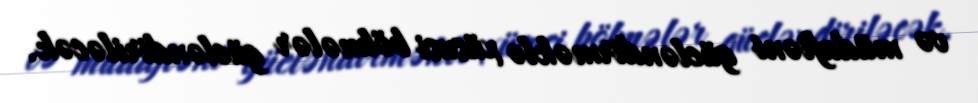
və müdafiəni gücləndirməklə xüsusi bölmələr gücləndiriləcək.